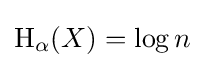
\mathrm {H} _{\alpha }(X)=\log n